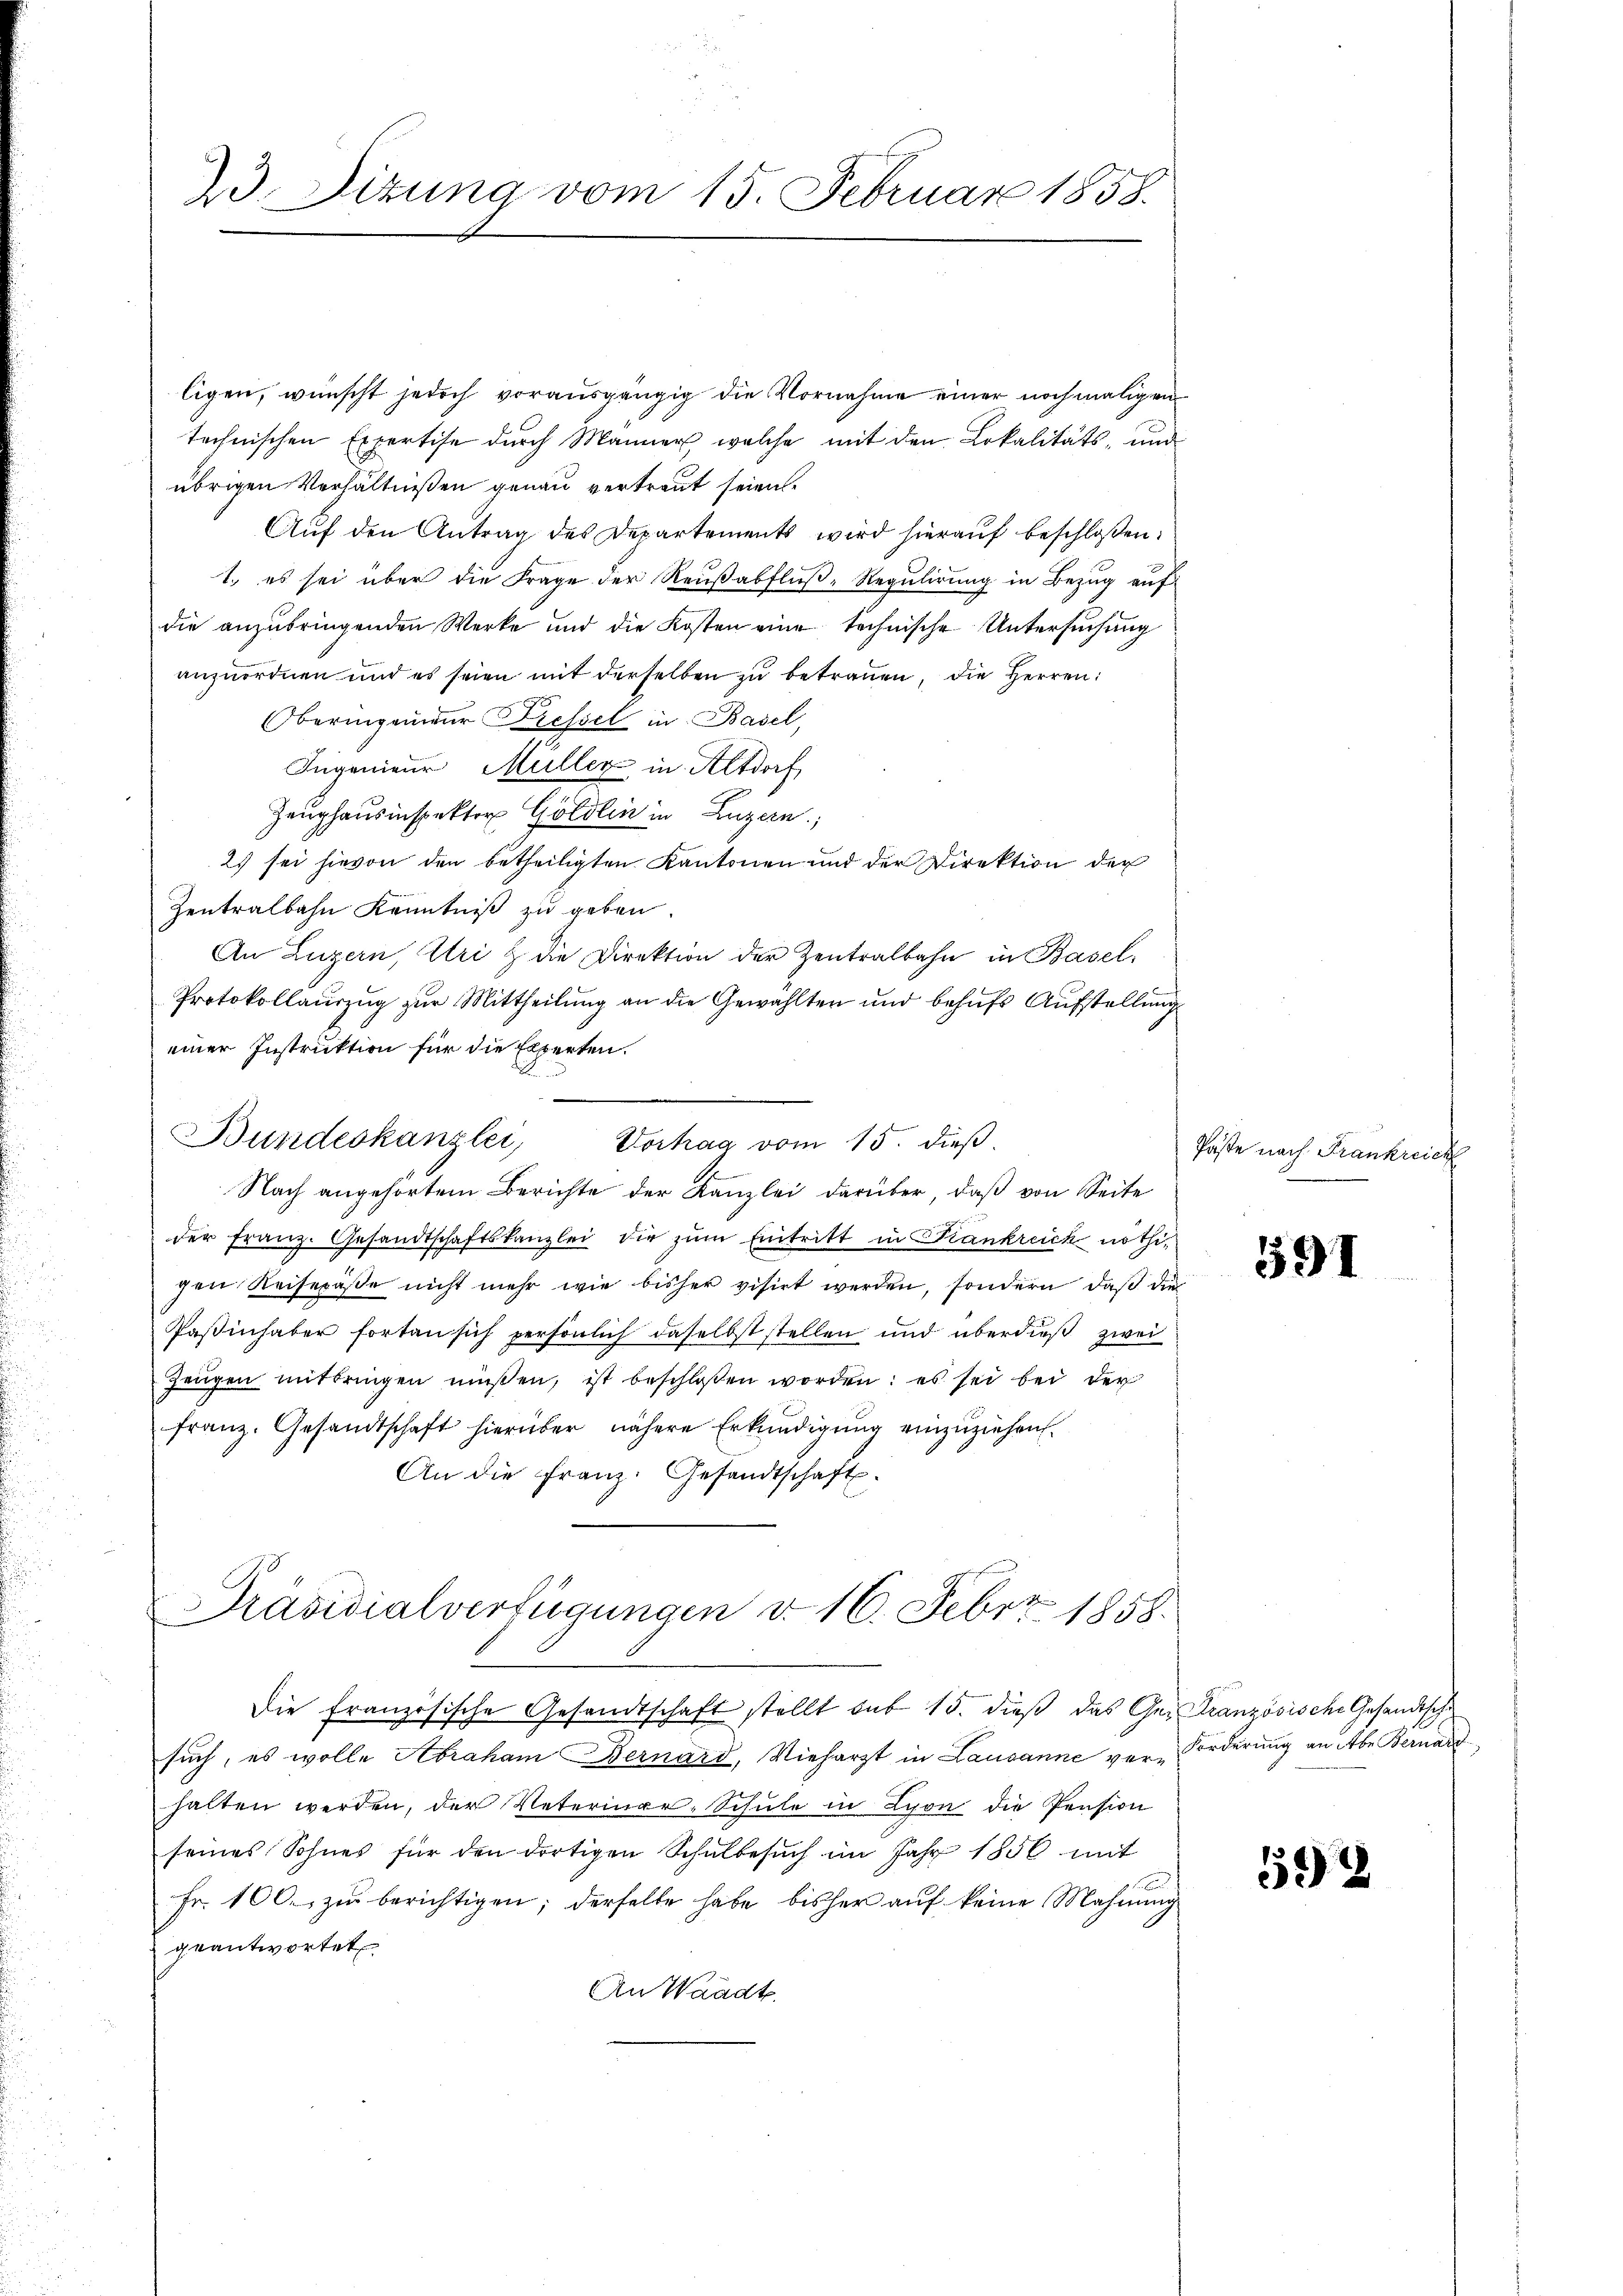
23. Dizung vom 15. Februar 1858.

ligen, wünscht jedoch vorausgängig die Vornahme einer nochmaligen
technischen Expertise durch Männer, welche mit den Lokalitäts- und
übrigen Verhältnißen genau vertraut seien.
Aŭf den Antrag des Departements wird hieraŭf beschlossen:
1.) es sei über die Frage der Reußabfluß-Regulirung in Bezug auf
die anzŭbringenden Werke und die Kosten eine technische Untersuchung
anzuordnen und es seien mit derselben zŭ betrauen, die Herren:
Oberingenieur Pressel in Basel,
Ingenieur Müller in Altdorf
Zeughausinspektor Göldlin in Luzern;
2) sei hievon den betheiligten Kantonen und der Direktion der
Zentralbahn Kenntniß zu geben
An Luzern, Uri & die Direktion der Zentralbahn in Basel,
Protokollauszug zur Mittheilung an die Gewählten und behufs Aufstellung
einer Instruktion für die Experten.
n
Bundeskanzlei,
Vorhag vom 15. dieß.
Nach angehörtem Berichte der Kanzlei darüber, daß von Seite
der franz. Gesandtschaftskanzlei die zŭm Eintritt in Frankreich nöthigen Reisepäße nicht mehr wie bisher visirt werden, sondern, daß die
Paßinhaber fortan sich persönlich daselbst stellen und überdieß zwei
Zeŭgen mitbringen müssen, ist beschloßen worden: es sei bei der
franz. Gesandtschaft hierüber nähere Erkundigung einzuziehen.
An die Franz. Gesandtschaft.
2
l

Präsidialverfügungen v. 16. Febr. 1858.

Die Französische Gesandtschaft stellt sub 15. dieß das Ge- Französische Gesandtsche
such, es wolle Abraham Bernard, Vieharzt in Lausanne ver-Forderŭng an Aber Bernard
halten werden, der Veterinar-Schule in Lyon die Pension
seines Sohnes für den dortigen Schulbesŭch im Jahr 1856 mit
Fr. 100. zŭ berichtigen; derselbe habe bisher aŭf keine Mahnŭng
geantwortet
An Waadt.

Päste nach Frankreich

591

592